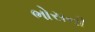
ભોસની